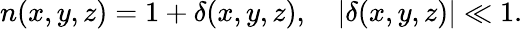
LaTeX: n(x,y,z)=1+\delta(x,y,z),\quad\vert\delta(x,y,z)\vert\ll 1.